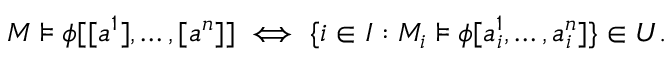
M \models \phi [ [ a ^ { 1 } ] , \ldots , [ a ^ { n } ] ] \iff \{ i \in I : M _ { i } \models \phi [ a _ { i } ^ { 1 } , \ldots , a _ { i } ^ { n } ] \} \in U .